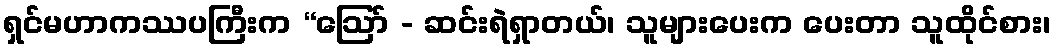
ရှင်မဟာကဿပကြီးက “ဩော် - ဆင်းရဲရှာတယ်၊ သူများပေးက ပေးတာ သူထိုင်စား၊